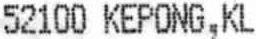
52100 KEPONG,KL